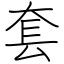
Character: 套